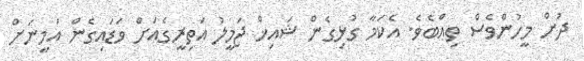
ދުށް މީހުންވެސް ތިއްބެވެ. އެކަމާ ގުޅިގެން ޝައިޚް ޖަމީލު އަތިރީގެއަށް ވަޑައިގެން އަމީނަށް